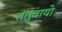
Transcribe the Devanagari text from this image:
तंतुवायो